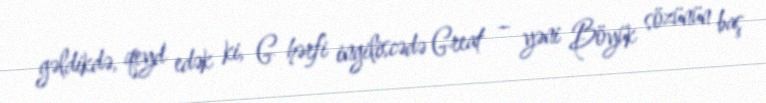
gəldikdə, qeyd edək ki, G hərfi ingiliscədə Great – yəni Böyük sözünün baş